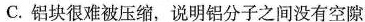
C.铝块很难被压缩，说明铝分子之间没有空隙